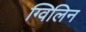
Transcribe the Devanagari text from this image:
ग्विलिन